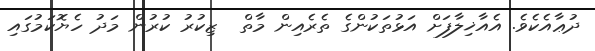
ދުޢާއެކެވެ. އެއާޚިލާފަށް އަޅުތަކުންގެ ތެރެއިން މާތް  ޒިކުރު ކުރުން މަދު ހެޔޮކަމުގައި